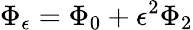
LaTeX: \Phi_{\epsilon}=\Phi_{0}+\epsilon^{2}\Phi_{2}